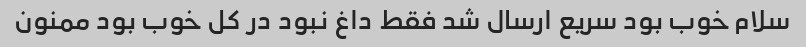
سلام خوب بود سریع ارسال شد فقط داغ نبود در کل خوب بود ممنون